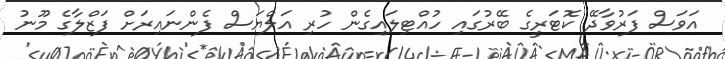
އަވަސް ފަރުވާދޭ ކޮޓަރީގެ ބޭރުގައި ހުއްޓިލައިގެން ހުރި އަލްޔަސް ފެންނައިރަށް ފަޒްލާގެ މޫނު